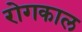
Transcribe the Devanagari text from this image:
रोगकाल